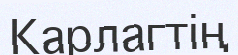
Карлагтің